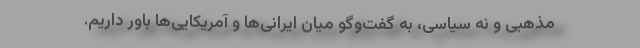
مذهبی و نه سیاسی، به گفت‌وگو میان ایرانی‌ها و آمریکایی‌ها باور داریم.